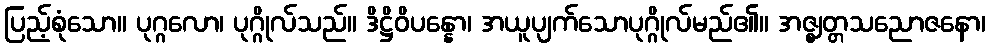
ပြည့်စုံသော။ ပုဂ္ဂလော၊ ပုဂ္ဂိုလ်သည်။ ဒိဋ္ဌိဝိပန္နော၊ အယူပျက်သောပုဂ္ဂိုလ်မည်၏။ အဇ္ဈတ္တသညောဇနော၊